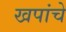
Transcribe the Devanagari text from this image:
खपांचे